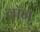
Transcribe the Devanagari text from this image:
वॉन्